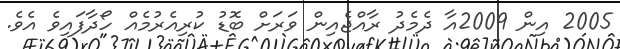
2005 އިން 2009އާ ދެމެދު ރާއްޖެއިން ވަރަށް ބޮޑު ކުރިއެރުމެއް ހޯދާފައިވެ އެވެ.